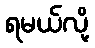
ရမယ်လို့